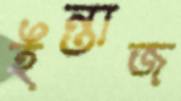
ইন্তাজ